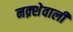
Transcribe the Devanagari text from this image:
नक़्शेवाली